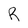
Character: R